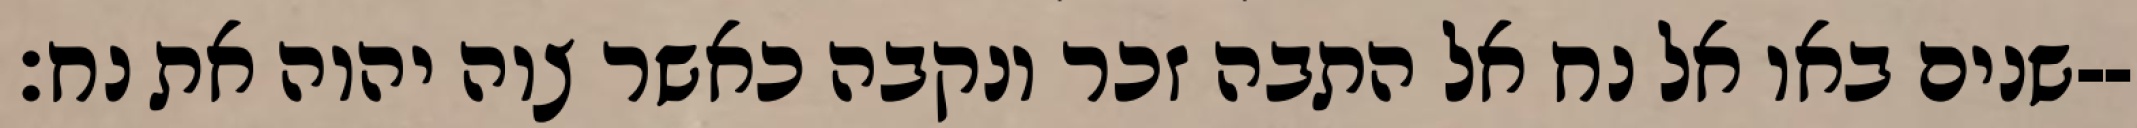
שנים באו אל נח אל התבה זכר ונקבה כאשר צוה יהוה את נח׃--